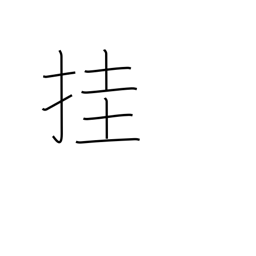
Meaning: hang